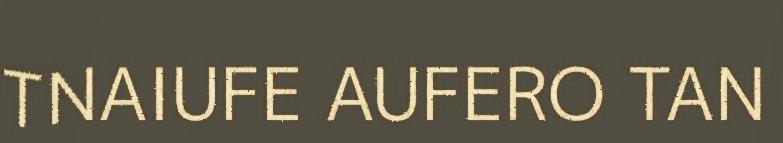
TNAIUFE AUFERO TAN